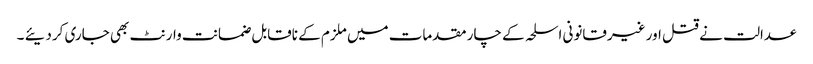
عدالت نے قتل اور غیرقانونی اسلحہ کے چار مقدمات میں ملزم کے ناقابل ضمانت وارنٹ بھی جاری کردیئے ۔